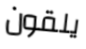
يلقون